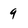
Character: 9